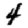
Digit: 4